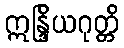
ဣန္ဒြိယဂုတ္တိ